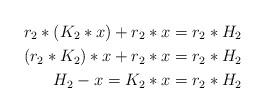
LaTeX: \begin{align*} r_{2}*(K_{2}*x)+r_{2}*x&=r_{2}*H_{2}\\(r_{2}*K_{2})*x+r_{2}*x&=r_{2}*H_{2}\\H_{2}-x=K_{2}*x&=r_{2}*H_{2}\end{align*}